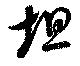
坦